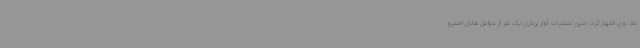
داد. وی اظهار کرد: حین عملیات آوار برداری یک نفر از عوامل هلال احمرو